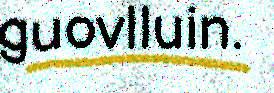
guovlluin.